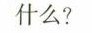
4.“世界上最高的最纯洁的欢乐,莫过子欣赏艺术”,你同意作者的看法吗?为